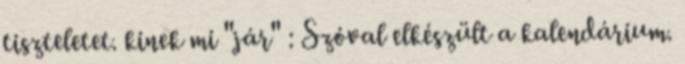
tiszteletet. kinek mi "jár" : Szóval elkészült a kalendárium.